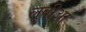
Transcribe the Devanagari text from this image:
लूबीआ